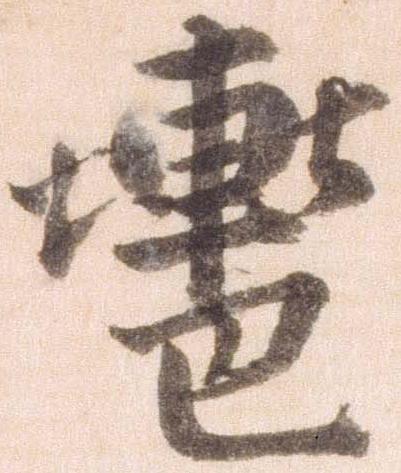
轡